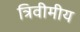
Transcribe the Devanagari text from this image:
त्रिवीमीय